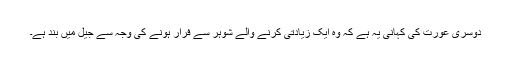
دوسری عورت کی کہانی يہ ہے کہ وہ ايک زيادتی کرنے والے شوہر سے فرار ہونے کی وجہ سے جيل ميں بند ہے۔